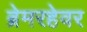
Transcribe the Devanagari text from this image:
ब्रेमरहेवर